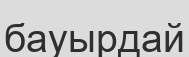
бауырдай